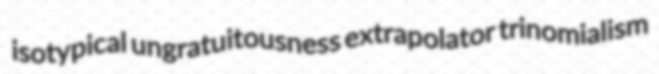
isotypical ungratuitousness extrapolator trinomialism